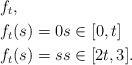
LaTeX: \begin{align*} &f_t ,\\ &f_t(s) = 0 s \in [0,t] \\ &f_t(s) = s s \in [2t,3].\end{align*}